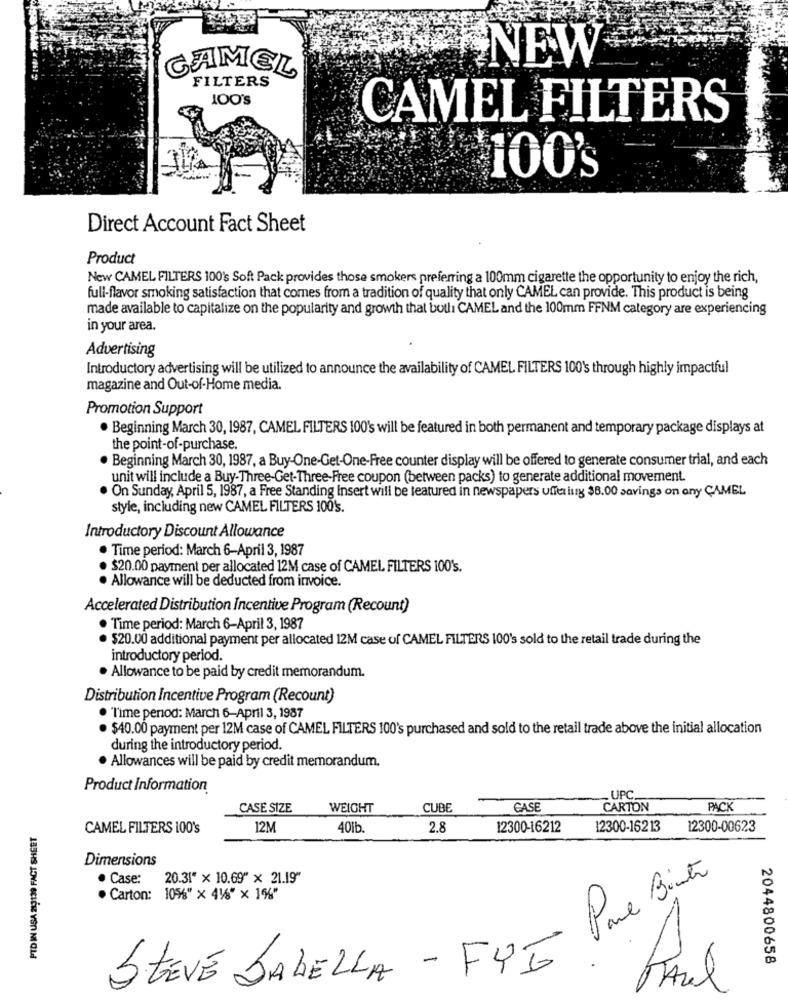
NEW
CAMEL
FILTERS
100'S
CAMEL FILTERS
100's
Direct Account Fact Sheet
Product
New CAMEL FILTERS 100's Soft Pack provides those smokers preferring a 100mm cigarette the opportunity to enjoy the rich,
full-flavor smoking satisfaction that comes from a tradition of quality that only CAMEL can provide. This product is being
made available to capitalize on the popularity and growth that butli CAMEL and the 100mm FFNM category are experiencing
in your area.
Advertising
Introductory advertising will be utilized to announce the availability of CAMEL FILTERS 100's through highly impactful
magazine and Out-of-Home media.
Promotion Support
· Beginning March 30, 1987, CAMEL FILTERS 100's will be featured in both permanent and temporary package displays at
the point-of-purchase
· Beginning March 30, 1987, a Buy-One-Get-One-Free counter display will be offered to generate consumer trial, and each
unit will include a Buy-Three-Get-Three-Free coupon (between packs) to generate additional movement.
. On Sunday, April 5, 1987, a Free Standing Insert will be featured in newspapers uffer ing $8.00 savings on any CAMEL
style, including new CAMEL FILTERS 100's.
Introductory Discount Allowance
· Time period: March 6-April 3, 1987
$20.00 payment per allocated 12M case of CAMEL FILTERS 100's.
. Allowance will be deducted from invoice.
Accelerated Distribution Incentive Program (Recount)
Time period: March 6-April 3, 1987
. $20.00 additional payment per allocated 12M case of CAMEL FILTERS 100's sold to the retail trade during the
introductory period.
. Allowance to be paid by credit memorandum.
Distribution Incentive Program (Recount)
· "Time period: March 6-April 3, 1987
. $40.00 payment per 12M case of CAMEL FILTERS 100's purchased and sold to the retail trade above the initial allocation
during the introductory period.
· Allowances will be paid by credit memorandum.
Product Information
- UPC.
CASE SIZE
WEIGHT
CUBE
CASE
CARTON
PACK
PID IN USA 219139 FACT SHEET
CAMEL FILTERS 100's
12M
40lb
2.8
12300-16212
12300-16213
12300-00623
Dimensions
Case: 20.31" x 10.69" x 21.19"
Pure Bite
. Carton: 10%" x 416" × 1%"
2044800658
StÉVÉ JADELLA - FUE